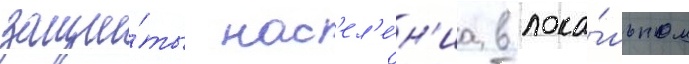
защи́ты нас'ел'е́н'иа в лока́льном